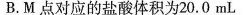
B.M点对应的盐酸体积为20.0mL